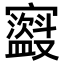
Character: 𫴣